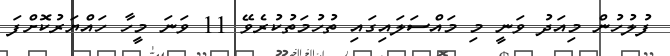
ފުލުހުން މިއަދު ވަނީ މި މައްސަލައިގައި ތުހުމަތުކުރެވޭ 11 ވަނަ މީހާ ހައްޔަރުކޮށްފަ